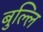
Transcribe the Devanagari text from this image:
बुल्लि